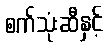
စက်သုံးဆီနှင့်